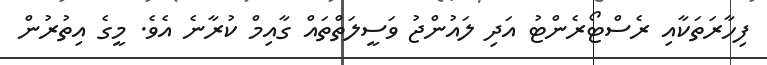
ފިހާރަތަކާއިި ރެސްޓޯރެންޓު އަދި ލައުންޖު ވަސީލަތްތައް ގާއިމް ކުރާނެ އެވެ. މީގެ އިތުރުން